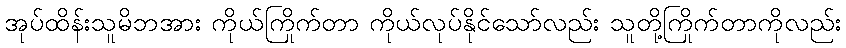
အုပ်ထိန်းသူမိဘအား ကိုယ်ကြိုက်တာ ကိုယ်လုပ်နိုင်သော်လည်း သူတို့ကြိုက်တာကိုလည်း